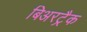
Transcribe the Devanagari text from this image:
बिअरट्रैक